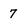
Character: 7